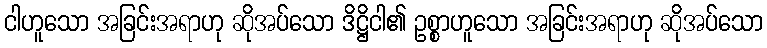
ငါဟူသော အခြင်းအရာဟု ဆိုအပ်သော ဒိဋ္ဌိငါ၏ ဥစ္စာဟူသော အခြင်းအရာဟု ဆိုအပ်သော